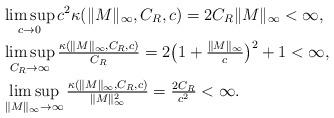
LaTeX: \begin{align*}&\limsup_{c\to 0} c^2\kappa(\|M\|_\infty,C_R,c) = 2 C_R\Vert M \Vert_\infty <\infty,\\ & \limsup_{C_R\to \infty} \tfrac{\kappa(\|M\|_\infty,C_R,c)}{C_R} = 2 \big( 1 + \tfrac{\Vert M \Vert_\infty}{c} \big)^2 + 1<\infty,\\ & \limsup_{\|M\|_\infty\to \infty} \tfrac{\kappa(\|M\|_\infty,C_R,c)}{\|M\|_\infty^2} = \tfrac{2C_R}{c^2} <\infty.\end{align*}